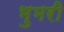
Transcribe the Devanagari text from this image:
भुमरी